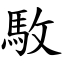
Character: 駇